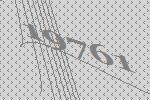
19761